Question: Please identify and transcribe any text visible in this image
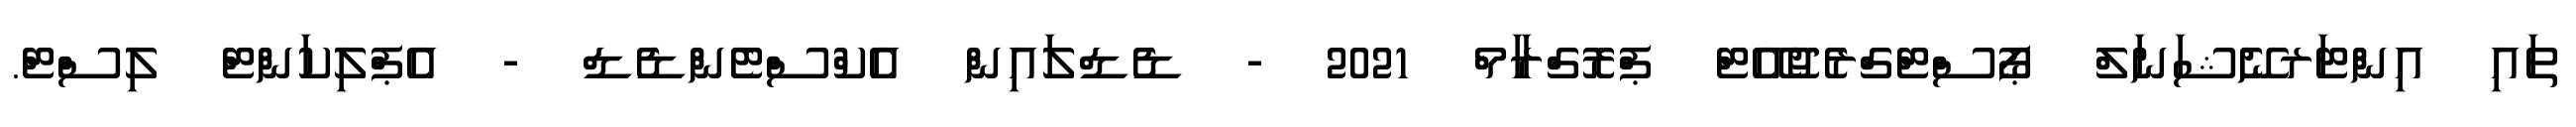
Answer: ތައި އިންޓަރނޭޝަނަލް ޕޯސްޓްގްރެޖުއޭޓް ޕްރޮގްރާމް 2021 - ޑެޑްލައިން އެކްސްޓެންޑެޑް - އެޕްލިކަންޓް ލިސްޓް.